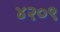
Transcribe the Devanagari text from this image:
४२०९